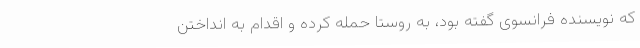
که نویسنده فرانسوی گفته بود، به روستا حمله کرده و اقدام به انداختن